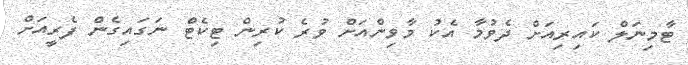
ޓާމިނަލް ކައިރިއަށް ދެވުމާ އެކު މާވިންއަށް ވުރެ ކުރިން ޓިކެޓް ނަގައިގެން ފެރީއަށް